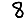
Digit: 8